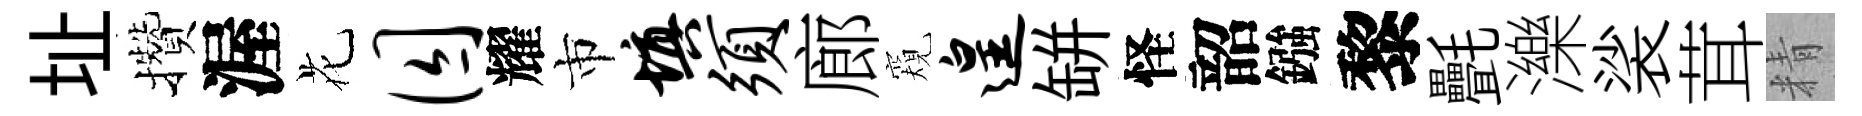
址攢渥花囚耀市填须廊窺遑缾怪韶鏹黎㲲濼裟茸精